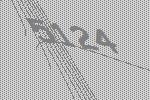
5124